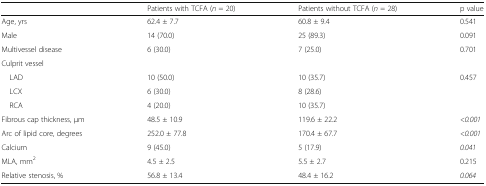
<table><thead><tr><td></td><td><b>Patients with TCFA (<i>n</i> = 20)</b></td><td><b>Patients without TCFA (<i>n</i> = 28)</b></td><td><b>p value</b></td></tr></thead><tbody><tr><td>Age, yrs</td><td>62.4 ± 7.7</td><td>60.8 ± 9.4</td><td>0.541</td></tr><tr><td>Male</td><td>14 (70.0)</td><td>25 (89.3)</td><td>0.091</td></tr><tr><td>Multivessel disease</td><td>6 (30.0)</td><td>7 (25.0)</td><td>0.701</td></tr><tr><td colspan="4">Culprit vessel</td></tr><tr><td> LAD</td><td>10 (50.0)</td><td>10 (35.7)</td><td>0.457</td></tr><tr><td> LCX</td><td>6 (30.0)</td><td>8 (28.6)</td><td></td></tr><tr><td> RCA</td><td>4 (20.0)</td><td>10 (35.7)</td><td></td></tr><tr><td>Fibrous cap thickness, μm</td><td>48.5 ± 10.9</td><td>119.6 ± 22.2</td><td><i>&lt;0.001</i></td></tr><tr><td>Arc of lipid core, degrees</td><td>252.0 ± 77.8</td><td>170.4 ± 67.7</td><td><i>&lt;0.001</i></td></tr><tr><td>Calcium</td><td>9 (45.0)</td><td>5 (17.9)</td><td><i>0.041</i></td></tr><tr><td>MLA, mm<sup>2</sup></td><td>4.5 ± 2.5</td><td>5.5 ± 2.7</td><td>0.215</td></tr><tr><td>Relative stenosis, %</td><td>56.8 ± 13.4</td><td>48.4 ± 16.2</td><td><i>0.064</i></td></tr></tbody></table>